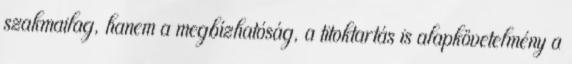
szakmailag, hanem a megbízhatóság, a titoktartás is alapkövetelmény a